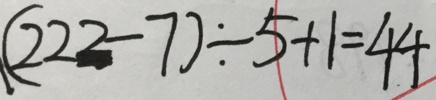
( 2 2 2 - 7 ) \div 5 + 1 = 4 4